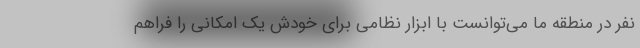
نفر در منطقه ما می‌توانست با ابزار نظامی برای خودش یک امکانی را فراهم